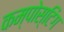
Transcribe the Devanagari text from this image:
कम्पोस्टिंग